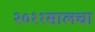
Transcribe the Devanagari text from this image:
२०११सालचा